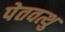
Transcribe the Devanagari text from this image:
पेतवत्थु